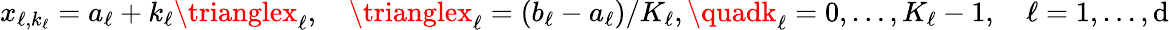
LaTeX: x_{\ell,k_{\ell}}=a_{\ell}+k_{\ell}\trianglex_{\ell},\quad\trianglex_{\ell}=(b_{\ell}-a_{\ell})/K_{\ell},\quadk_{\ell}=0,\dots,K_{\ell}-1,\quad\ell=1,\dots,\mathrm{d}